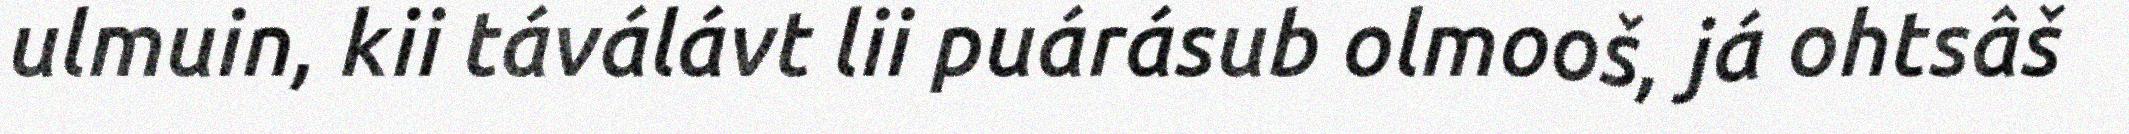
ulmuin, kii táválávt lii puárásub olmooš, já ohtsâš